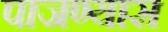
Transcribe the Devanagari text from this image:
पाजण्यास